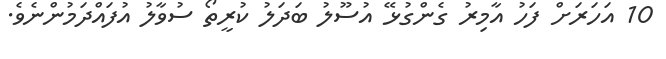
10 އަހަރަށް ފަހު އާމިރު ގެންގުޅޭ އުސޫލު ބަދަލު ކުރީތޯ ސުވާލު އުފައްދަމުންނެވެ.